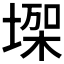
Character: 𰊏